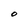
Character: O